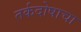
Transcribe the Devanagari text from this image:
तर्कदोषाचा